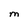
Character: M